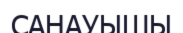
САНАУЫШЫ